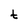
Character: t